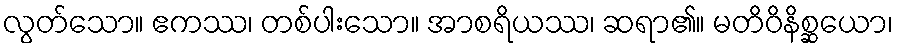
လွတ်သော။ ဧကဿ၊ တစ်ပါးသော။ အာစရိယဿ၊ ဆရာ၏။ မတိဝိနိစ္ဆယော၊